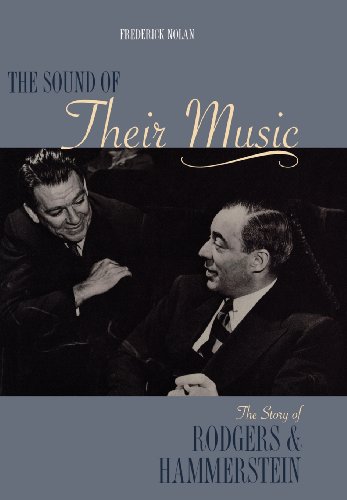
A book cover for The Sound of Their Music: The Story of Rodgers & Hammerstein; Frederick Nolan; Biographies & Memoirs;